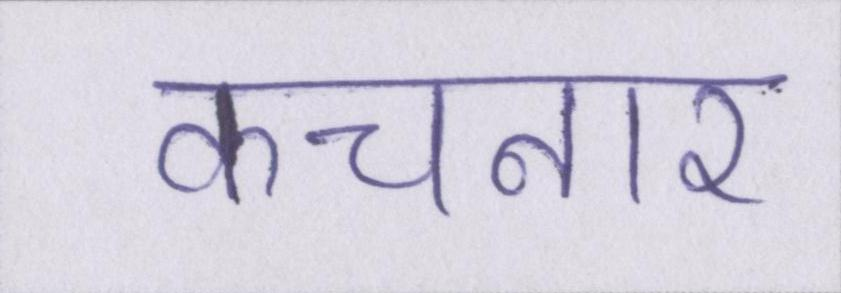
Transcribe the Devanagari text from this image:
कचनार